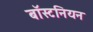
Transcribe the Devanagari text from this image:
बॉस्टनियन